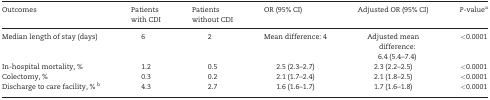
| Outcomes | Patients with CDI | Patients without CDI | OR (95% CI) | Adjusted OR (95% CI) | P-valuea |
 | --- | --- | --- | --- | --- | --- |
 | Median length of stay (days) | 6 | 2 | Mean difference: 4 | Adjusted mean difference: 6.4 (5.4–7.4) | <0.0001 |
 | In-hospital mortality, % | 1.2 | 0.5 | 2.5 (2.3–2.7) | 2.3 (2.2–2.5) | <0.0001 |
 | Colectomy, % | 0.3 | 0.2 | 2.1 (1.7–2.4) | 2.1 (1.8–2.5) | <0.0001 |
 | Discharge to care facility, % b | 4.3 | 2.7 | 1.6 (1.6–1.7) | 1.7 (1.6–1.8) | <0.0001 |